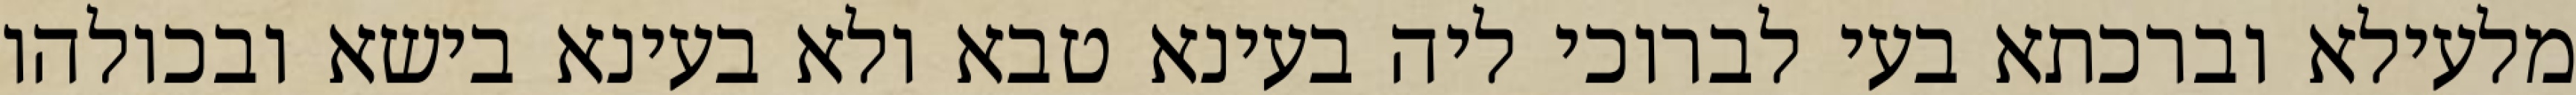
מלעילא וברכתא בעי לברוכי ליה בעינא טבא ולא בעינא בישא ובכולהו